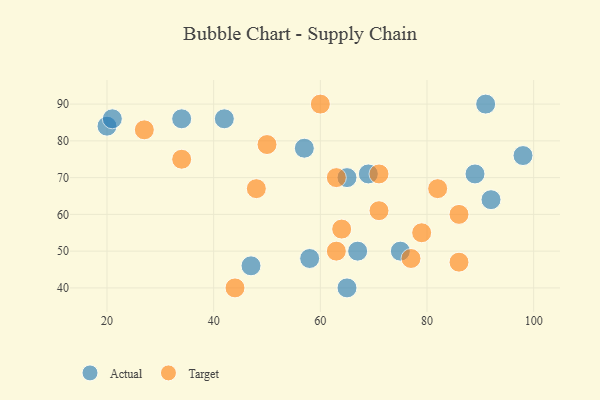
{"axis": {"x": "GDP", "y": "Life Expectancy"}, "legend": ["Actual", "Target"], "data": [{"x": "42", "y": 86, "type": "Actual"}, {"x": "20", "y": 84, "type": "Actual"}, {"x": "57", "y": 78, "type": "Actual"}, {"x": "75", "y": 50, "type": "Actual"}, {"x": "34", "y": 86, "type": "Actual"}, {"x": "69", "y": 71, "type": "Actual"}, {"x": "47", "y": 46, "type": "Actual"}, {"x": "65", "y": 70, "type": "Actual"}, {"x": "92", "y": 64, "type": "Actual"}, {"x": "89", "y": 71, "type": "Actual"}, {"x": "21", "y": 86, "type": "Actual"}, {"x": "65", "y": 40, "type": "Actual"}, {"x": "67", "y": 50, "type": "Actual"}, {"x": "91", "y": 90, "type": "Actual"}, {"x": "98", "y": 76, "type": "Actual"}, {"x": "58", "y": 48, "type": "Actual"}, {"x": "64", "y": 56, "type": "Target"}, {"x": "82", "y": 67, "type": "Target"}, {"x": "63", "y": 50, "type": "Target"}, {"x": "71", "y": 71, "type": "Target"}, {"x": "86", "y": 47, "type": "Target"}, {"x": "71", "y": 61, "type": "Target"}, {"x": "48", "y": 67, "type": "Target"}, {"x": "44", "y": 40, "type": "Target"}, {"x": "50", "y": 79, "type": "Target"}, {"x": "79", "y": 55, "type": "Target"}, {"x": "63", "y": 70, "type": "Target"}, {"x": "27", "y": 83, "type": "Target"}, {"x": "86", "y": 60, "type": "Target"}, {"x": "60", "y": 90, "type": "Target"}, {"x": "34", "y": 75, "type": "Target"}, {"x": "77", "y": 48, "type": "Target"}]}